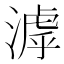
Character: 滹